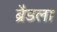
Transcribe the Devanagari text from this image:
ब्रैडला